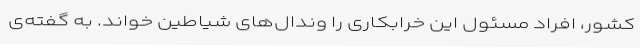
کشور، افراد مسئول این خرابکاری را وندال‌های شیاطین خواند. به گفته‌ی